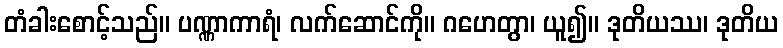
တံခါးစောင့်သည်။ ပဏ္ဏာကာရံ၊ လက်ဆောင်ကို။ ဂဟေတွာ၊ ယူ၍။ ဒုတိယဿ၊ ဒုတိယ